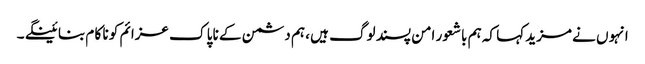
انہو ں نے مزید کہا کہ ہم باشعور امن پسند لوگ ہیں ، ہم دشمن کے نا پا ک عزائم کو نا کا م بنا ئینگے ۔